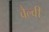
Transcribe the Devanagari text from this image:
वैल्वी